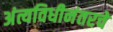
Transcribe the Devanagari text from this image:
अंत्यविधीनंतरचे